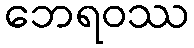
ဘေရဝဿ